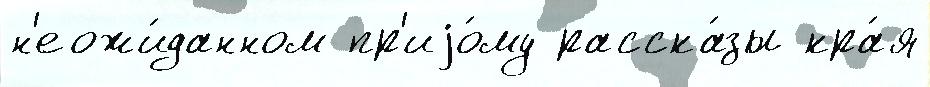
н'еожи́данном пр'иjо́му расска́зы кра́я